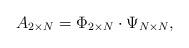
LaTeX: \begin{align*}A_{2\times N} = \Phi_{2\times N}\cdot \Psi_{N\times N},\end{align*}